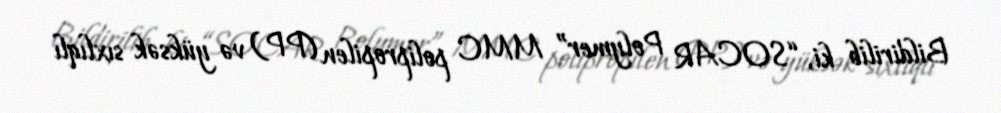
Bildirilib ki, “SOCAR Polymer” MMC polipropilen (PP) və yüksək sıxlıqlı